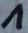
Text: 1